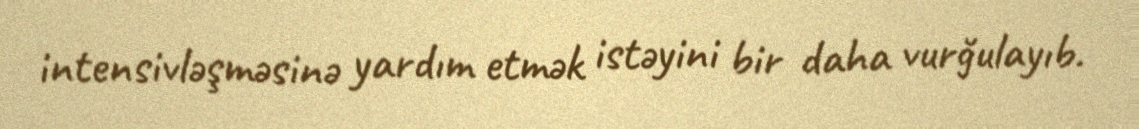
intensivləşməsinə yardım etmək istəyini bir daha vurğulayıb.